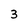
Character: 3